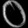
Digit: ၀